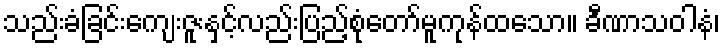
သည်းခံခြင်းကျေးဇူးနှင့်လည်းပြည့်စုံတော်မူကုန်ထသော။ ခီဏာသဝါနံ၊